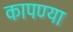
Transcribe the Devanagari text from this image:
कापण्या